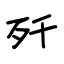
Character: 歼